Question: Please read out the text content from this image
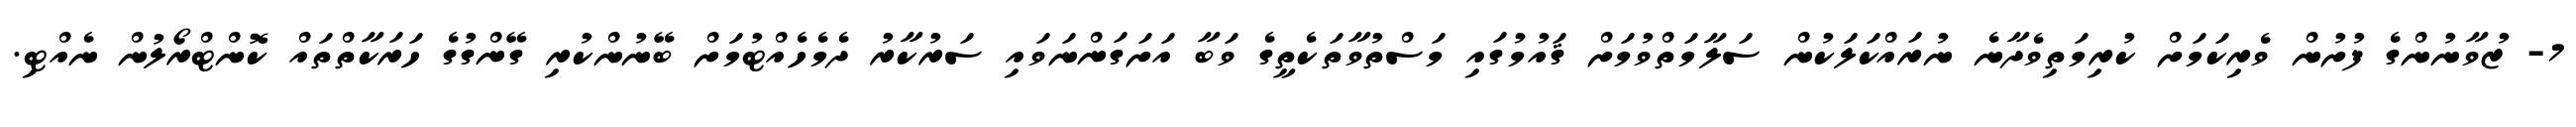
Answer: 7- ޒުވާނުންގެ ފުށުން ވެރިކަމަށް ކުރިމަތިވެދާނެ ނުރައްކަލަކުން ސަލާމަތްވުމަށް ޤައުމުގައި މަސްތުވާތަކެތީގެ ވަބާ އަށަގަންނަވައި ސަރުކާރު ދެމެހެއްޓުމަށް ބޭނުންކުރި ގޭންގުގެ ހަރަކާތްތައް ކޮންޓްރޯލުން ނެއްޓި.